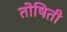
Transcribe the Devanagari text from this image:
तोषिती